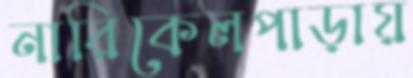
নারিকেলপাড়ায়